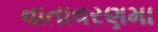
વાતાવરણમા